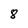
Character: 8